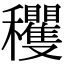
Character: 𥤘